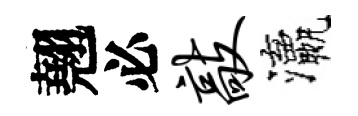
翹必敲瀛